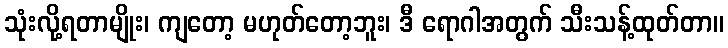
သုံးလို့ရတာမျိုး၊ ကျတော့ မဟုတ်တော့ဘူး၊ ဒီ ရောဂါအတွက် သီးသန့်ထုတ်တာ။